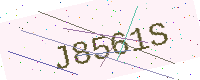
Text: J8561S